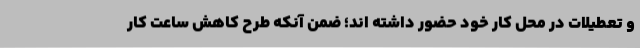
و تعطیلات در محل کار خود حضور داشته اند؛ ضمن آنکه طرح کاهش ساعت کار